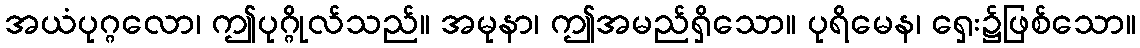
အယံပုဂ္ဂလော၊ ဤပုဂ္ဂိုလ်သည်။ အမုနာ၊ ဤအမည်ရှိသော။ ပုရိမေန၊ ရှေး၌ဖြစ်သော။